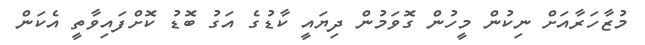
މުޒާހަރާއަށް ނިކުން މީހުން ގޮވަމުން ދިޔައީ ކާޑުގެ އަގު ބޮޑު ކޮށްފައިވާތީ އެކަން